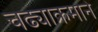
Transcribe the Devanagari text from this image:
चढ्याक्रमाने